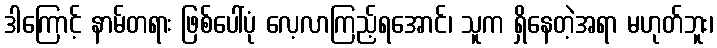
ဒါကြောင့် နာမ်တရား ဖြစ်ပေါ်ပုံ လေ့လာကြည့်ရအောင်၊ သူက ရှိနေတဲ့အရာ မဟုတ်ဘူး၊